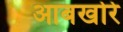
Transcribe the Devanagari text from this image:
आबखोरे